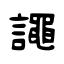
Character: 譝